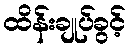
ထိန်းချုပ်ခွင့်